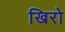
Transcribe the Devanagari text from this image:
खिरो